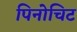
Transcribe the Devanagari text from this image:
पिनोचिट